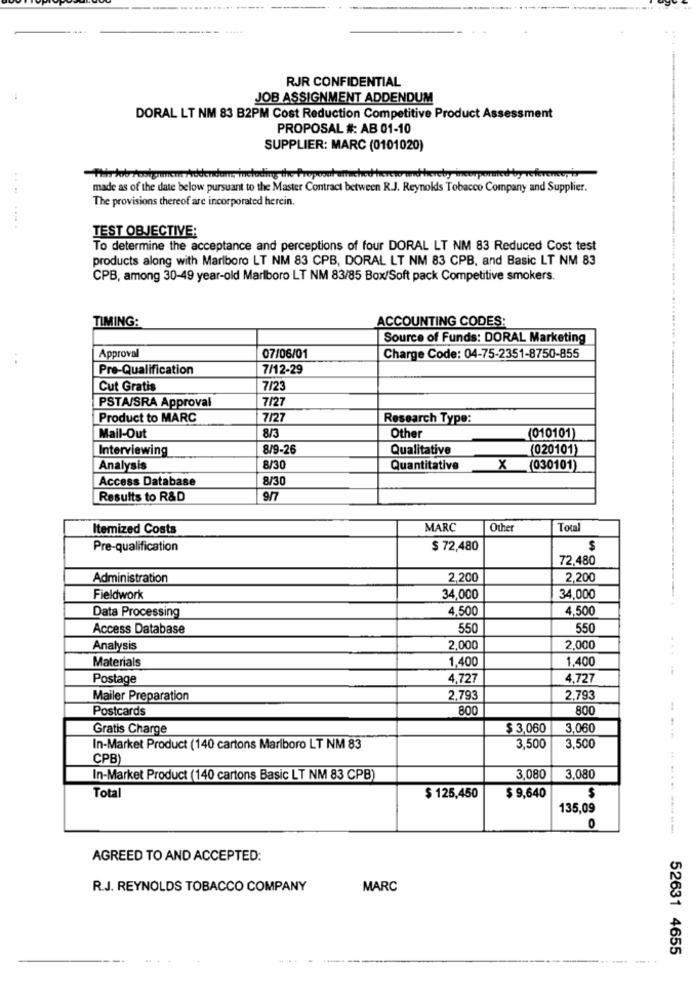
RJR CONFIDENTIAL
JOB ASSIGNMENT ADDENDUM
DORAL LT NM 83 B2PM Cost Reduction Competitive Product Assessment
PROPOSAL #: AB 01-10
SUPPLIER: MARC (0101020)
This Job rookramen prodendam, including the Proposal attached herewe und heret
made as of the date below pursuant to the Master Contract between R.J. Reynolds Tobacco Company and Supplier.
The provisions thereof are incorporated herein.
TEST OBJECTIVE:
To determine the acceptance and perceptions of four DORAL LT NM 83 Reduced Cost test
products along with Marlboro LT NM 83 CPB, DORAL LT NM 83 CPB, and Basic LT NM 83
CPB, among 30-49 year-old Marlboro LT NM 83/85 Box/Soft pack Competitive smokers.
TIMING:
ACCOUNTING CODES:
Source of Funds: DORAL Marketing
Approval
07/06/01
Charge Code: 04-75-2351-8750-855
Pre-Qualification
7/12-29
Cut Gratis
7/23
PSTA/SRA Approval
7/27
Product to MARC
7/2
Research Type:
8/3
Mail-Out
Other
(010101)
Interviewing
8/9-26
Qualitative
(020101)
Analysis
8/30
Quantitative
X
(030101)
Access Database
8/30
Results to R&D
9/7
Itemized Costs
MARC
Other
Total
Pre-qualification
$ 72,480
72,480
Administration
2.200
2,200
Fieldwork
34.000
34,000
Data Processing
4,500
4,500
Access Database
550
550
Analysis
2,000
2,000
Materials
1,400
1,400
Postage
4,727
4,727
Mailer Preparation
2.793
2,793
Postcards
800
800
Gratis Charge
$ 3,060
3.060
......
In-Market Product (140 cartons Marlboro LT NM 83
3,500
3,500
CPB)
In-Market Product (140 cartons Basic LT NM 83 CPB)
3,080
3,080
Total
$ 125,450
$ 9,640
$
135,09
0
....------
AGREED TO AND ACCEPTED:
R.J. REYNOLDS TOBACCO COMPANY
MARC
52631 4655